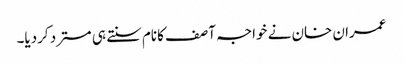
عمران خان نے خواجہ آصف کانام سنتے ہی مسترد کردیا۔